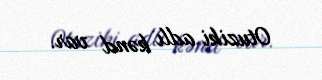
Otuziki adlı kənd var.